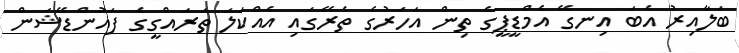
ބަލާއިރު އެބަ އިނގޭ އެމްޑީޕީގެ ތިން އަހަރުގެ ތެރޭގައި އެއްކަލަ ތަރައްގީގެ ފައުންޑޭޝަން